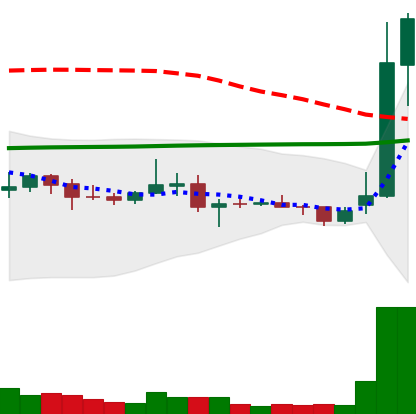
Ticker: XRP-USD
Chart end date: 2021-01-31
Forward return: -8.585%
Label: down_7plus